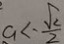
a < - \frac { \sqrt { 2 } } { 2 }